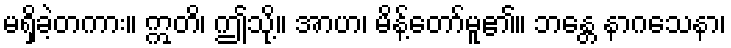
မရှိခဲ့တကား။ ဣတိ၊ ဤသို့။ အာဟ၊ မိန့်တော်မူ၏။ ဘန္တေ နာဂသေနာ၊